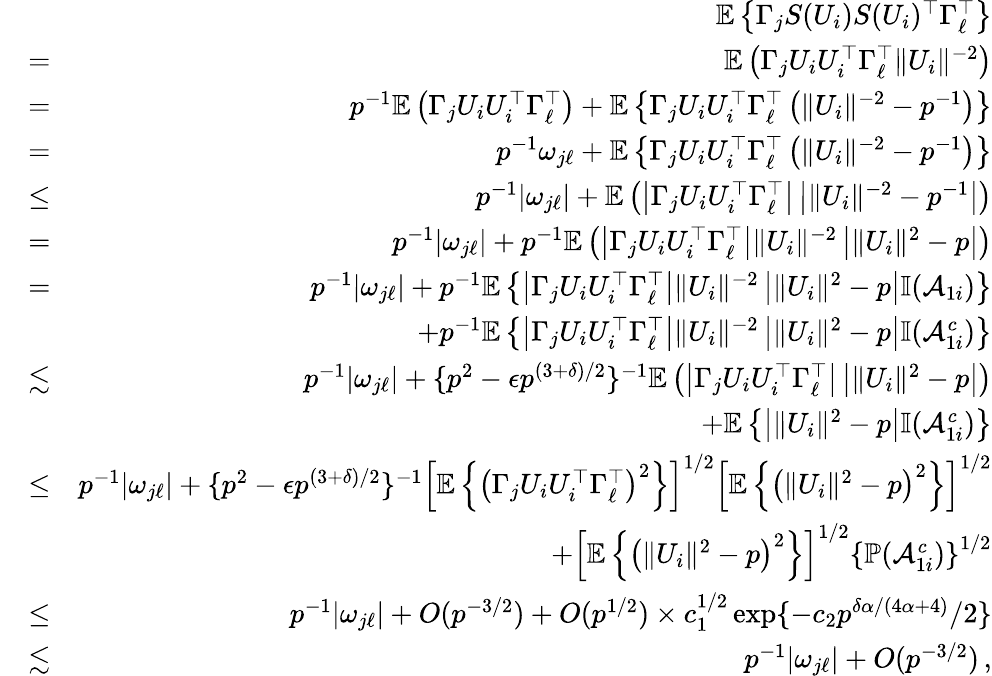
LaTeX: \begin{array}{rlr}&{}&{{\mathbb{E}}\left\{ \Gamma_{j}S(U_{i})S(U_{i})^{\top}\Gamma_{\ell}^{\top}\right\} }\\ &{=}&{{\mathbb{E}}\left(\Gamma_{j}U_{i}U_{i}^{\top}\Gamma_{\ell}^{\top}\| U_{i}\| ^{-2}\right)}\\ &{=}&{p^{-1}{\mathbb{E}}\left(\Gamma_{j}U_{i}U_{i}^{\top}\Gamma_{\ell}^{\top}\right)+{\mathbb{E}}\left\{ \Gamma_{j}U_{i}U_{i}^{\top}\Gamma_{\ell}^{\top}\left(\| U_{i}\| ^{-2}-p^{-1}\right)\right\} }\\ &{=}&{p^{-1}\omega_{j\ell}+{\mathbb{E}}\left\{ \Gamma_{j}U_{i}U_{i}^{\top}\Gamma_{\ell}^{\top}\left(\| U_{i}\| ^{-2}-p^{-1}\right)\right\} }\\ &{\leq}&{p^{-1}|\omega_{j\ell}|+{\mathbb{E}}\left(\left|\Gamma_{j}U_{i}U_{i}^{\top}\Gamma_{\ell}^{\top}\right|\left|\| U_{i}\| ^{-2}-p^{-1}\right|\right)}\\ &{=}&{p^{-1}|\omega_{j\ell}|+p^{-1}{\mathbb{E}}\left(\left|\Gamma_{j}U_{i}U_{i}^{\top}\Gamma_{\ell}^{\top}\right|\| U_{i}\| ^{-2}\left|\| U_{i}\| ^{2}-p\right|\right)}\\ &{=}&{p^{-1}|\omega_{j\ell}|+p^{-1}{\mathbb{E}}\left\{ \left|\Gamma_{j}U_{i}U_{i}^{\top}\Gamma_{\ell}^{\top}\right|\| U_{i}\| ^{-2}\left|\| U_{i}\| ^{2}-p\right|{\mathbb{I}}(\mathcal{A}_{1i})\right\} }\\ &{}&{+p^{-1}{\mathbb{E}}\left\{ \left|\Gamma_{j}U_{i}U_{i}^{\top}\Gamma_{\ell}^{\top}\right|\| U_{i}\| ^{-2}\left|\| U_{i}\| ^{2}-p\right|{\mathbb{I}}(\mathcal{A}_{1i}^{c})\right\} }\\ &{\lesssim}&{p^{-1}|\omega_{j\ell}|+\{ p^{2}-\epsilon p^{(3+\delta)/2}\} ^{-1}{\mathbb{E}}\left(\left|\Gamma_{j}U_{i}U_{i}^{\top}\Gamma_{\ell}^{\top}\right|\left|\| U_{i}\| ^{2}-p\right|\right)}\\ &{}&{+{\mathbb{E}}\left\{ \left|\| U_{i}\| ^{2}-p\right|{\mathbb{I}}(\mathcal{A}_{1i}^{c})\right\} }\\ &{\leq}&{p^{-1}|\omega_{j\ell}|+\{ p^{2}-\epsilon p^{(3+\delta)/2}\} ^{-1}\left[{\mathbb{E}}\left\{ \left(\Gamma_{j}U_{i}U_{i}^{\top}\Gamma_{\ell}^{\top}\right)^{2}\right\} \right]^{1/2}\left[{\mathbb{E}}\left\{ \left(\| U_{i}\| ^{2}-p\right)^{2}\right\} \right]^{1/2}}\\ &{}&{+\left[{\mathbb{E}}\left\{ \left(\| U_{i}\| ^{2}-p\right)^{2}\right\} \right]^{1/2}\left\{ {\mathbb{P}}(\mathcal{A}_{1i}^{c})\right\} ^{1/2}}\\ &{\leq}&{p^{-1}|\omega_{j\ell}|+O(p^{-3/2})+O(p^{1/2})\times c_{1}^{1/2}\exp\{ -c_{2}p^{\delta\alpha/(4\alpha+4)}/2\} }\\ &{\lesssim}&{p^{-1}|\omega_{j\ell}|+O(p^{-3/2})\, ,}\end{array}